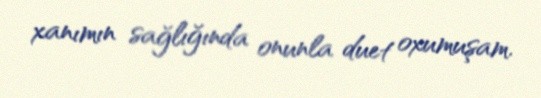
xanımın sağlığında onunla duet oxumuşam.